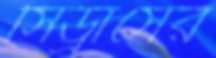
সিড্রাসের